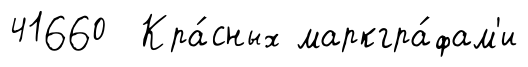
41660 Кра́сных маркгра́фам'и